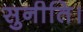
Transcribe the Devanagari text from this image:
सुनीति।